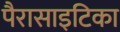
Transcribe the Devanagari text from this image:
पैरासाइटिका